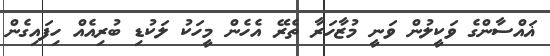
ޣައްސާންގެ ވަކީލުން ވަނީ މުޒާހަރާ ތެރޭ އެހެން މީހަކު ލަކުޑި ބުރިއެއް ހިފައިގެން